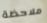
ملاحظة